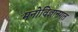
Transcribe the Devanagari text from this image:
मनोविज्ञानगत